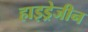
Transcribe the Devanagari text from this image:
हाइड्रेजीन